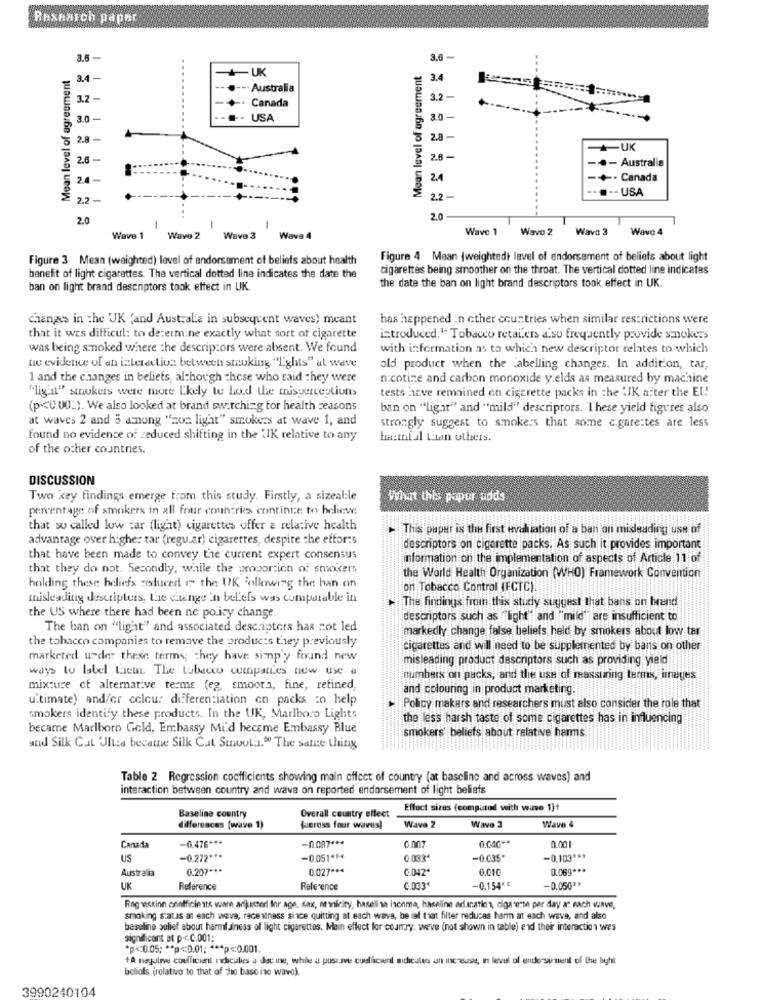
Rexhaich paper
3.6 -
3.6 -
..
Mean level of agreement
-+UK
Mean level of agreement
3.4-
3.4
--.--- Australia
3.2 -
Canada
3.2 -
3.0-
USA
3.0 -
28-
2.8 -
+UK
2.6
2.8-
-.- Australia
24-
2.4
-+- Canada
.-- USA
2.2 -
2.2 -
2.0
...
2.0
1
-
-
Wave 1
Wave 2
Wave 3
Wave 4
Wave 1
Wave 2
Wave 3
Wave 4
Figure 3 Mean (weighted) level of endorsement of beliefs about health
Figure 4 Mean (weighted) level of endorsement of beliefs about light
cigarettes being smoother on the throat. The vertical dotted line indicates
benefit of light cigarettes. The vertical dotted line indicates the date the
ban on light brand descriptors took effect in UK.
the date the ban on light brand descriptors took effect in UK.
changes in the UK (and Australia in subsequent waves) meant
has happened :n other countries when similar restrictions were
that it was difficul: to determine exactly what sort of cigarette
introduced.1. Tobacco retailers a.so frequently provide smokers
was being smoked where the descriptors were absent. We found
with information as to which new descriptor relates to which
no evidence of an interaction between smoking "Lights" al wave
old product when the Labelling changes. In addition, tar,
1 and the changes in beliefs, although these who said they were
nicotine and carbon monoxide yields as measured by machine
"ligat" smokers were more Likely to hold the misperceptions
tests have remained on cigarette packs in the UJK after the EU!
(p<0.00_). We also looked at brand switching for health reasons
ban on ""light" and "mild" descriptors. I'hese yield figures also
at waves 2 and 5 among "zon light" smokers at wave 1, and
strongly suggest to smoke:s that some cigarettes are less
found no evidence of reduced shifting in the 'JK relative to any
ha:tnf al Lian others.
of the other countries.
DISCUSSION
Two key findings emerge from this study. Firstly, a sizeable
What this paper adds
percentage of smokers in all four countries continue to believe
that so called low :ar (light) cigarettes offer a relative health
This paper is the first wevaluation of a ban on mideading use of
advantage over higher tar (regular) cigarettes, despite the efforts
descriptors on cigarette packs. As such it provides important
that have been made to convey the current expert consensus
information on the implementation of aspects of Article 11 of
that they do not. Secondly, while the proportion of smokers
the World Health Organization (WHO) Framework Convention
holding these beliefs sestuced in the UK Following the han on
on Tobacco Control IFCTC)
misleading descripters, the change in beliefs was comparable in
The findings from this study suggest that bans on brand
the US where there had been no policy change
descriptors such as "light" and "mild" are insufficient to
The ban on "light" and associated descriptors has not led
markedly change false beliefs held by smokers about low tar
the tobacco companies to remove the products they previously
cigarettes and will need to be supplemented by bants on other
marketed urder these terms; they have simp'y found new
misleading product descriptors such as providing yield
ways to label them. The tobacco companies now use a
numbers on packs, and the use of reassuring terms, inages
mixture of alternative terme (eg, smooth, fine, refined,
and colouring in product marketing.
ultimate) and/or celou: differentiation on packs :o help
Policy makers and researchers must also consider the role that
smokers identify these products. In the UK, Marlboro Lights
the less harsh taste of some cigarettes has in influencing
became Marlboro Geld, Embassy Mi'd hecame Embassy Blue
smokers beliefs about relative hans
atid Silk Cat Ultza becatne Silk Cat Smooth." The same thing
Table 2 Regression coefficients showing main effect of country (at baseline and across waves) and
interaction between country and wave on reported endorsement of light beliefs
Effect siras (compared with wave 1]+
Baseline country
Overall country effect
Wave 3
differences [wave 1)
fueross four waves]
Wave 2
Wave 4
-0.476 ***
-0.087 ***
0.04G **
0.001
Canada
US
-0.272 ***
-0.051 ***
0 033€
-0.035"
-0.103 ***
Australia
0.207 ***
0.027 ***
0.042
0.010
0.069 ***
UK
Reference
Reference
C.033€
-0.154 **
-0.050"*
Ragessinn onofficiests wuare adjuster Inr age, sax, or micity, hasell sa isonme, haseline erlanation, cigarette per day ar nach wunve,
smoking sats at each weve, recentnass since quitting at each wave, be ief that filter reduces harm at each wave, and also
baseline solief about harml diness of light cigarettes. Mein effect for comry. weve (not shown in table) and their interaction wes
significant at p -< C.001:
*p<0.05; ** p<0.01; *** p<0.001.
+A nagulive coefficient ridicules a dec ine, while à posasve cuulicsent midicales un increust, n level of endorsement of the light
beliofs (relative to that of cho base ine wave).
3990240104